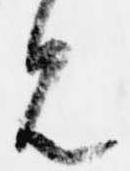
見